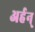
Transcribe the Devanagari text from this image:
अर्हन्